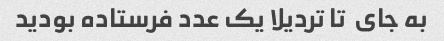
به جای  تا تردیلا یک عدد فرستاده بودید